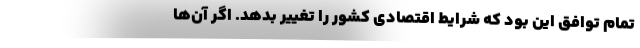
تمام توافق این بود که شرایط اقتصادی کشور را تغییر بدهد. اگر آن‌ها